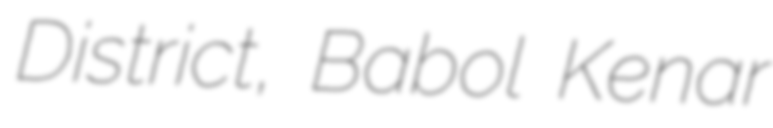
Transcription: District, Babol Kenar